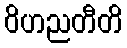
ဝိဟညတီတိ